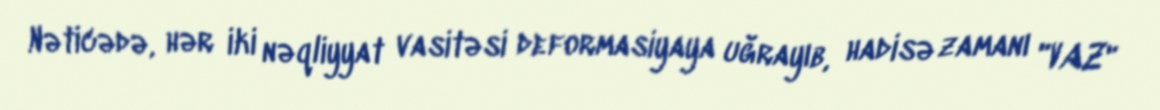
Nəticədə, hər iki nəqliyyat vasitəsi deformasiyaya uğrayıb, hadisə zamanı "VAZ"